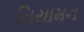
નિયામન